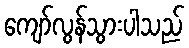
ကျော်လွန်သွားပါသည်